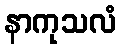
နာကုသလံ